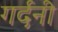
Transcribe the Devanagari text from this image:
गर्दनी